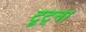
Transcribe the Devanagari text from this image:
टूट्ना